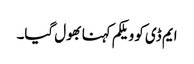
ایم ڈی کو ویلکم کہنا بھول گیا۔